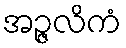
အဉ္ဇလိကံ